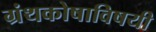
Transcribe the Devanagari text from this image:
ग्रंथकोषाविषयी